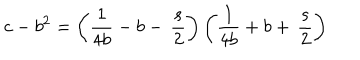
c - b ^ { 2 } = \left( { \frac { 1 } { 4 b } } - b - \, \frac { s } { 2 } \right) \left( { \frac { 1 } { 4 b } } + b + \, \frac { s } { 2 } \right)